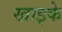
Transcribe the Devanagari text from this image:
खाइके